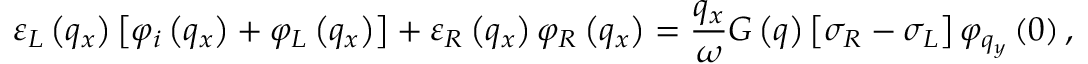
{ { \varepsilon } _ { L } } \left( { { q } _ { x } } \right) \left[ { { \varphi } _ { i } } \left( { { q } _ { x } } \right) + { { \varphi } _ { L } } \left( { { q } _ { x } } \right) \right] + { { \varepsilon } _ { R } } \left( { { q } _ { x } } \right) { { \varphi } _ { R } } \left( { { q } _ { x } } \right) = \frac { { { q } _ { x } } } { \omega } G \left( q \right) \left[ { { \sigma } _ { R } } - { { \sigma } _ { L } } \right] { { \varphi } _ { { { q } _ { y } } } } \left( 0 \right) ,